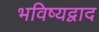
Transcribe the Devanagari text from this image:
भविष्यद्वाद